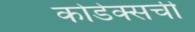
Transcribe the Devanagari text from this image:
कोडेक्सची